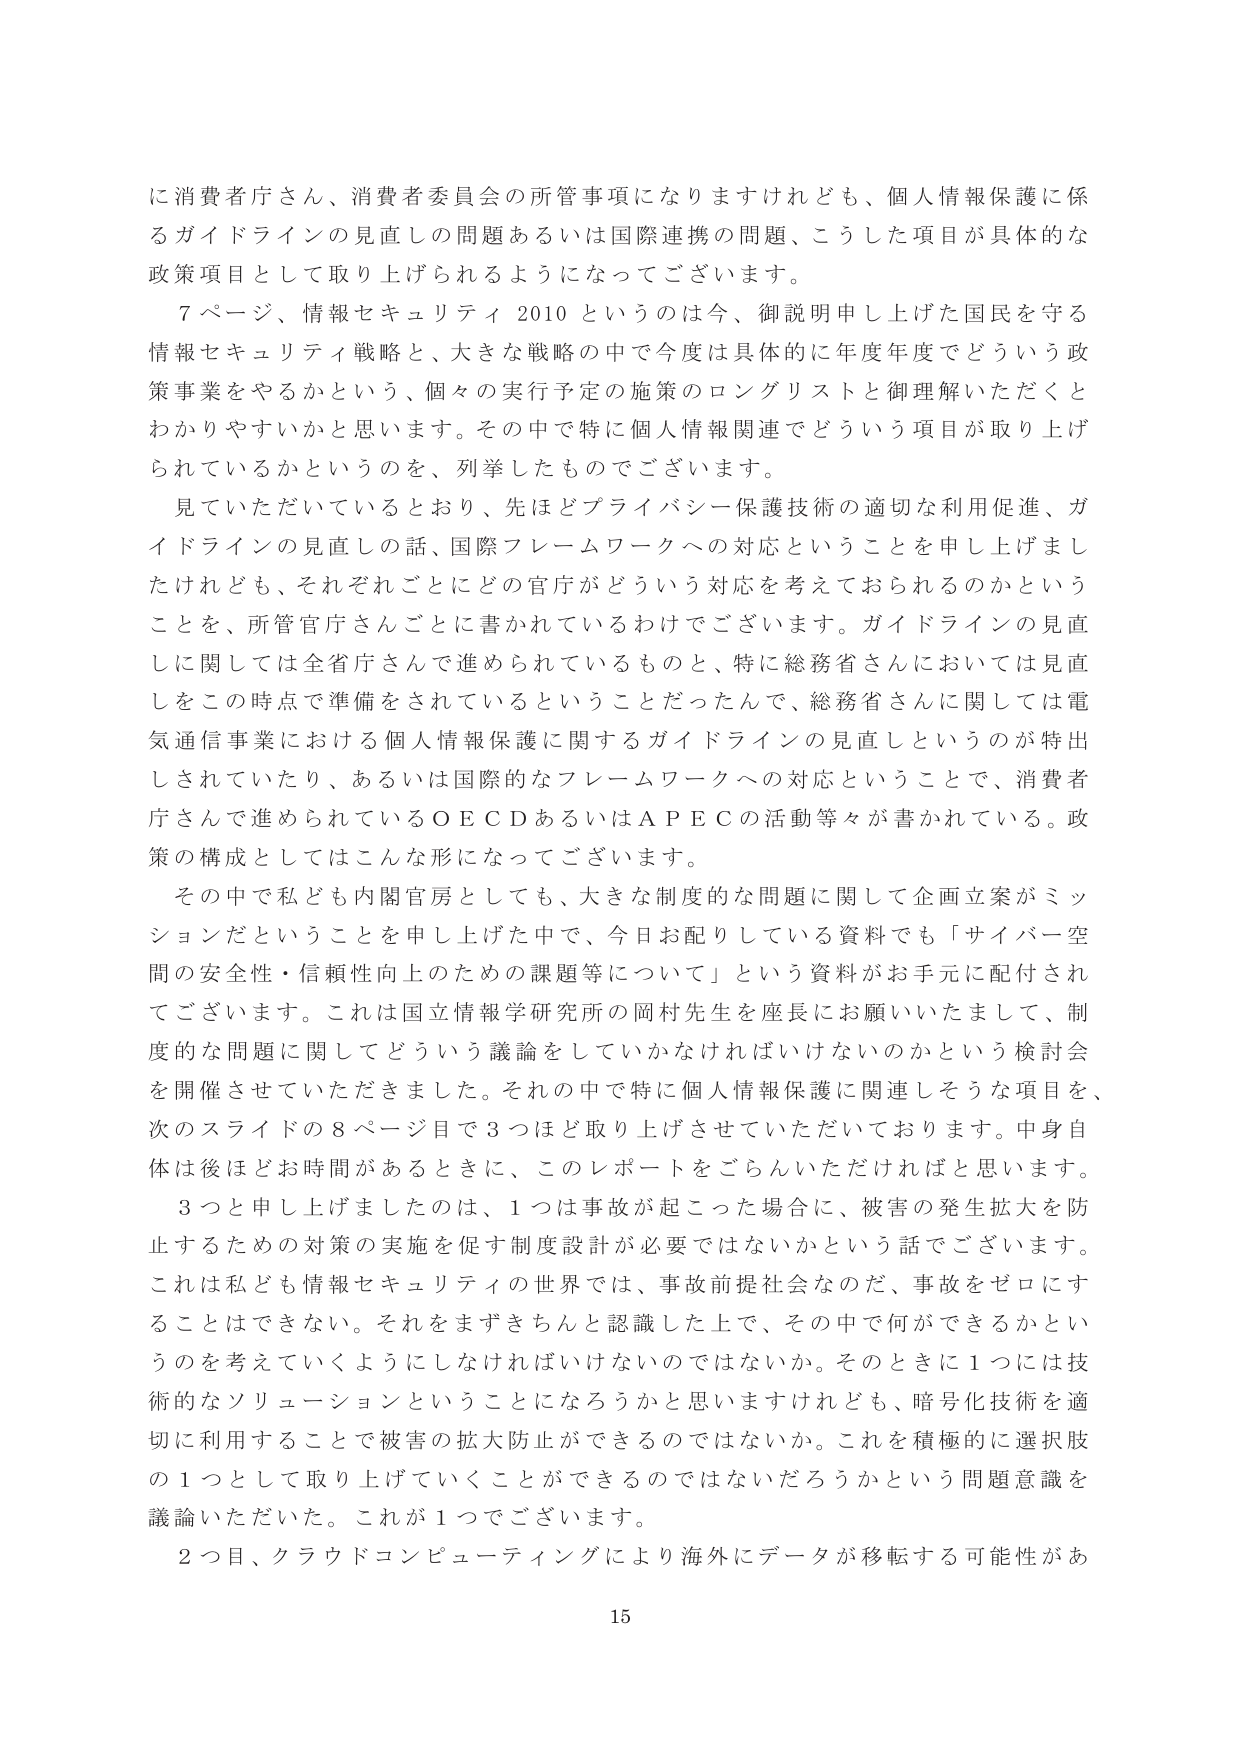
に消費者庁さん、消費者委員会の所管事項になりますけれども、個人情報保護に係るガイドラインの見直しの問題あるいは国際連携の問題、こうした項目が具体的な政策項目として取り上げられるようになってございます。

７ページ、情報セキュリティ2010というのは今、御説明申し上げた国民を守る情報セキュリティ戦略と、大きな戦略の中で今度は具体的に年度年度でどういう政策事業をやるかという、個々の実行予定の施策のロングリストと御理解いただくとわかりやすいかと思います。その中で特に個人情報関連でどういう項目が取り上げられているかというのを、列挙したものでございます。

見ていただいていているとおり、先ほどプライバシー保護技術の適切な利用促進、ガイドラインの見直しの話、国際フレームワークへの対応ということを申し上げましたけれども、それぞれごとにどの官庁がどういう対応を考えておられるのかということを、所管官庁さんごとに書かれているわけでございます。ガイドラインの見直しに関しては全省庁さんで進められているものと、特に総務省さんにおいては見直しをこの時点で準備をされているということだったんで、総務省さんに関しては電気通信事業における個人情報保護に関するガイドラインの見直しというのが特出しされていたり、あるいは国際的なフレームワークへの対応ということで、消費者庁さんで進められているＯＥＣＤあるいはＡＰＥＣの活動等々が書かれている。政策の構成としてはこんな形になってございます。

その中で私ども内閣官房としても、大きな制度的な問題に関して企画立案がミッションだということを申し上げた中で、今日お配りしている資料でも「サイバー空間の安全性・信頼性向上のための課題等について」という資料がお手元に配付されてございます。これは国立情報学研究所の岡村先生を座長にお願いいたしまして、制度的な問題に関してどういう議論をしていかなければならないのかという検討会を開催させていただきました。その中で特に個人情報保護に関連しそうな項目を、次のスライドの８ページ目で３つほど取り上げさせていただいております。中身自体は後ほどお時間があるときに、このレポートをごらんいただければと思います。

３つと申し上げましたのは、１つは事故が起こった場合に、被害の発生拡大を防止するための対策の実施を促す制度設計が必要ではないかという話でございます。これは私ども情報セキュリティの世界では、事故前提社会なのだ、事故をゼロにすることはできない。それをまずきちんと認識した上で、その中で何ができるかというのを考えていくようにしなければいけないのではないか。そのときに１つには技術的なソリューションということになろうかと思いますけれども、暗号化技術を適切に利用することで被害の拡大防止ができるのではないか。これを積極的に選択肢の１つとして取り上げていくことができるのではないだろうかという問題意識を議論いただいた。これが１つでございます。

２つ目、クラウドコンピューティングにより海外にデータが移転する可能性があ

15